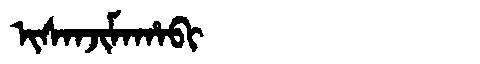
Manchu: ᡳᠰᠠᠨᠵᡳᠮᠠᡥᠠᠪᡳ
Romanization: ISANJIMAHABI